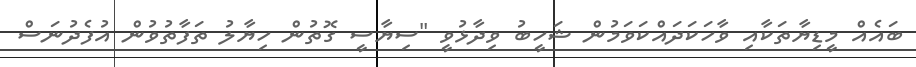
ބައެއް މީޑިޔާތަކާއި ވާހަކަދައްކަވަމުން ޝަހީބު ވިދާޅުވީ "ސިޔާސީ ގޮތުން ހިޔާލު ތަފާތުވުން އުފެދުނަސް